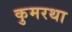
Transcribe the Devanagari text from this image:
कुमरथा